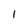
Character: 1